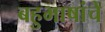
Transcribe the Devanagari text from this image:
बहुभाषांचे